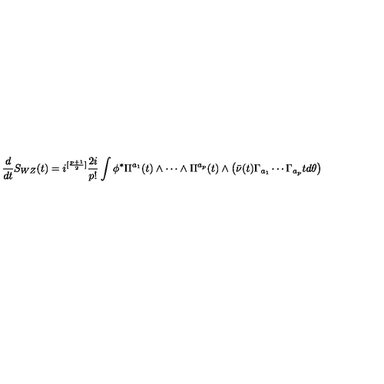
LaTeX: \frac { d } { d t } S _ { W Z } ( t ) = i ^ { [ \frac { p + 1 } { 2 } ] } \frac { 2 i } { p ! } \int \phi ^ { * } \Pi ^ { a _ { 1 } } ( t ) \wedge \cdots \wedge \Pi ^ { a _ { p } } ( t ) \wedge \left( \bar { \nu } ( t ) \Gamma _ { a _ { 1 } } \cdots \Gamma _ { a _ { p } } t d \theta \right)